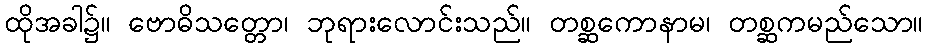
ထိုအခါ၌။ ဗောဓိသတ္တော၊ ဘုရားလောင်းသည်။ တစ္ဆကောနာမ၊ တစ္ဆကမည်သော။